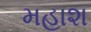
મહાશ